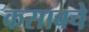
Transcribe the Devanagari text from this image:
कसाबचे